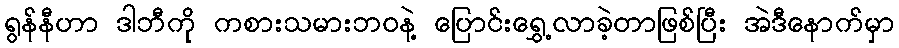
ရွန်နီဟာ ဒါဘီကို ကစားသမားဘ၀နဲ့ ပြောင်းရွှေ့လာခဲ့တာဖြစ်ပြီး အဲဒီနောက်မှာ